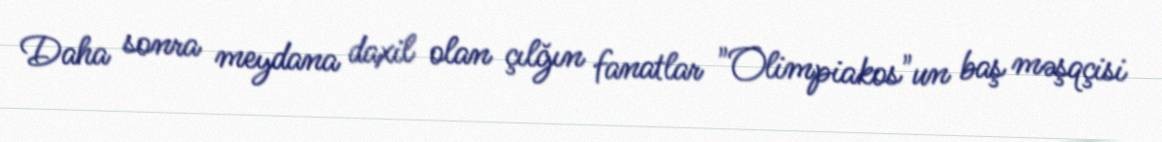
Daha sonra meydana daxil olan çılğın fanatlar "Olimpiakos"un baş məşqçisi